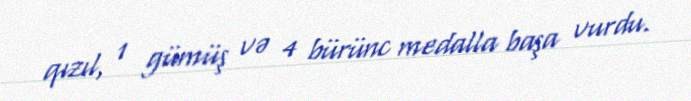
qızıl, 1 gümüş və 4 bürünc medalla başa vurdu.